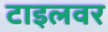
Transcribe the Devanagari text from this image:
टाइलवर